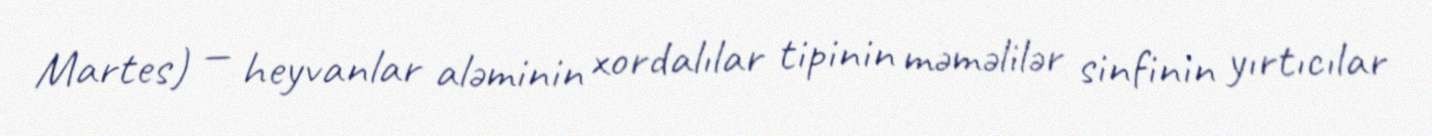
Martes) — heyvanlar aləminin xordalılar tipinin məməlilər sinfinin yırtıcılar